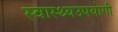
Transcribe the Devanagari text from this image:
स्वास्थ्यउपयोगी